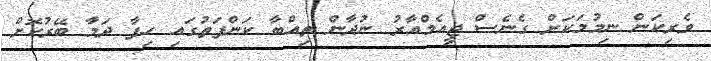
ވެރިކަން ނިމުމަކަށް ގެނެސް ޖީއެމްއާރު ނުދާން ތިއްބާ ކަންފަތުގައި ހިފާ ދަމާ ބޭރުކޮށް